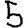
Digit: 5